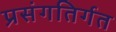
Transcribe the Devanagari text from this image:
प्रसंगतिर्गत